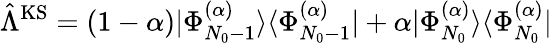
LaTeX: \hat{\Lambda}^{\mathrm{KS}}=(1-\alpha)|\Phi_{N_{0}-1}^{(\alpha)}\rangle\langle\Phi_{N_{0}-1}^{(\alpha)}|+\alpha|\Phi_{N_{0}}^{(\alpha)}\rangle\langle\Phi_{N_{0}}^{(\alpha)}|